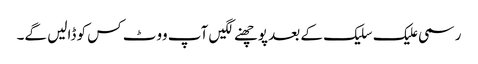
رسمی علیک سلیک کے بعد پوچھنے لگیں آپ ووٹ کس کو ڈالیں گے۔